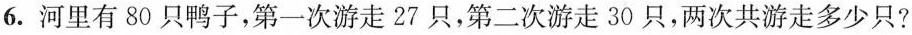
6.河里有80只鸭子，第一次游走27只，第二次游走30只，两次共游走多少只?